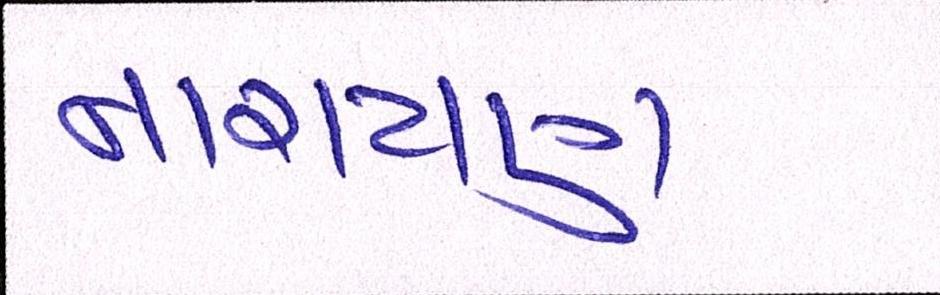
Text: નારાયણ